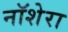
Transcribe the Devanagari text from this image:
नॉशेरा